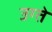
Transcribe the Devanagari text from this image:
उग्ते